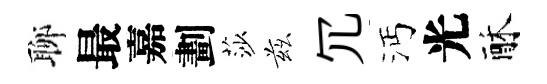
聊最嘉劃莎兹冗沔光酥